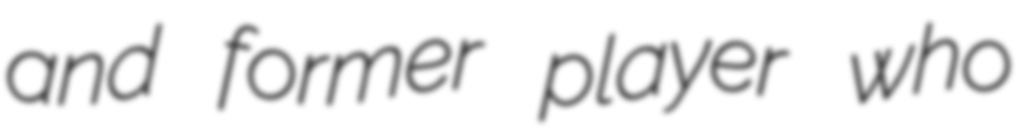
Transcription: and former player who